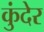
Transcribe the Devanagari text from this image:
कुंदेर